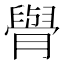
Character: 𦡌